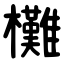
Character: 㰙